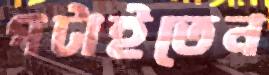
পটাইতেন